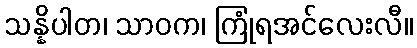
သန္နိပါတ၊ သာဝက၊ ကြုံရအင်လေးလီ။